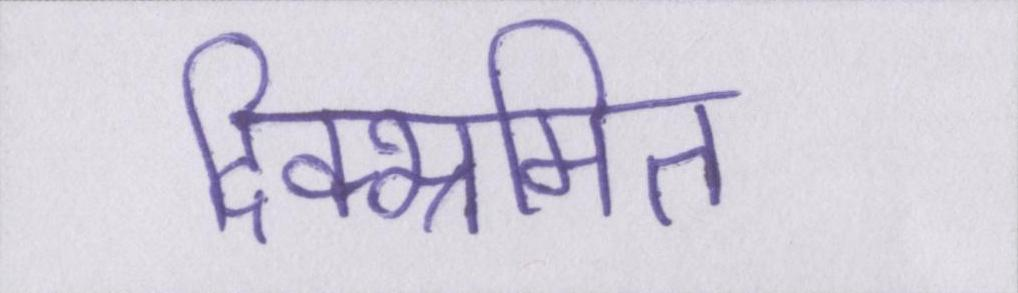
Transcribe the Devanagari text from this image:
दिक्भ्रमित